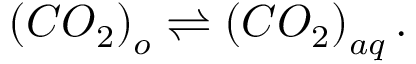
\left( C O _ { 2 } \right) _ { o } \rightleftharpoons \left( C O _ { 2 } \right) _ { a q } .